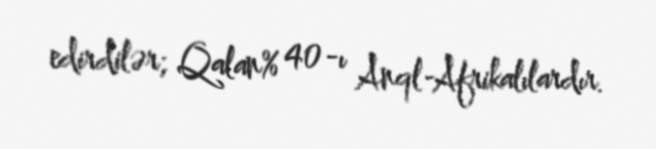
edirdilər; Qalan% 40-ı Anql-Afrikalılardır.